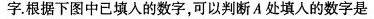
字。根据下图中已填入的数字，可以判断A处填入的数字是